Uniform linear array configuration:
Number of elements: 64
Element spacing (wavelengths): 0.75
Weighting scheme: kaiser
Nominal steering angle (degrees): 60
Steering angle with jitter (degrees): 59.493
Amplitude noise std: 0.05
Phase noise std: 0.05

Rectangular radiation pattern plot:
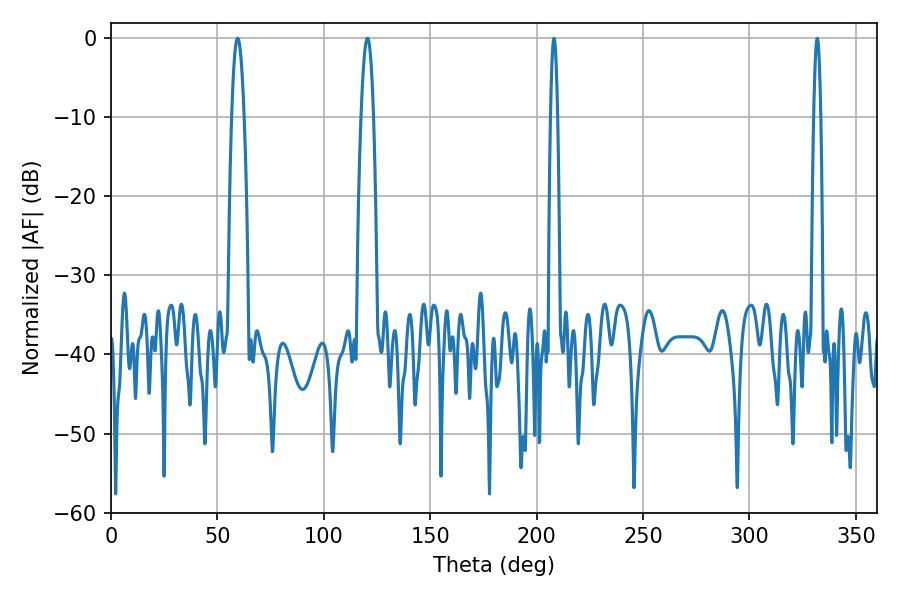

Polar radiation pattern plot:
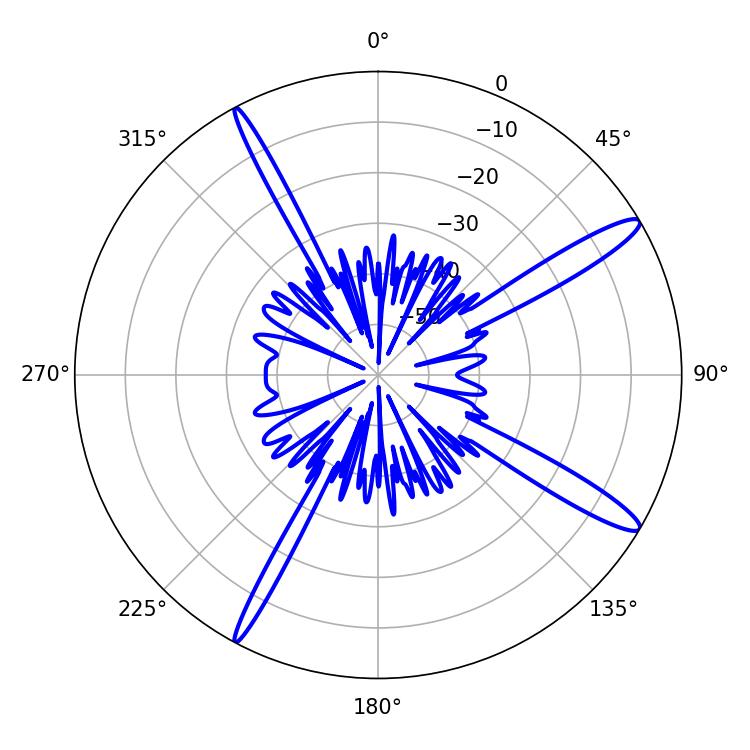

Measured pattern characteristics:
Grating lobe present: TRUE
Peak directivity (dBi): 14.412
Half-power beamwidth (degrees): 3.24
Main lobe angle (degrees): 120.42